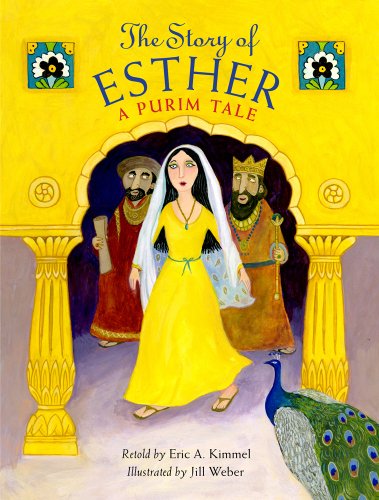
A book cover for The Story of Esther: A Purim Tale; Eric A. Kimmel; Children's Books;